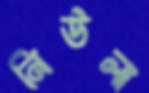
নিউলা